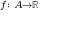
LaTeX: \scriptstyle f \colon A \to { \mathbb { R } }